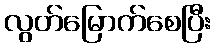
လွတ်မြောက်စေပြီး